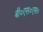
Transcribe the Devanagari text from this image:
बी०एस०एस०